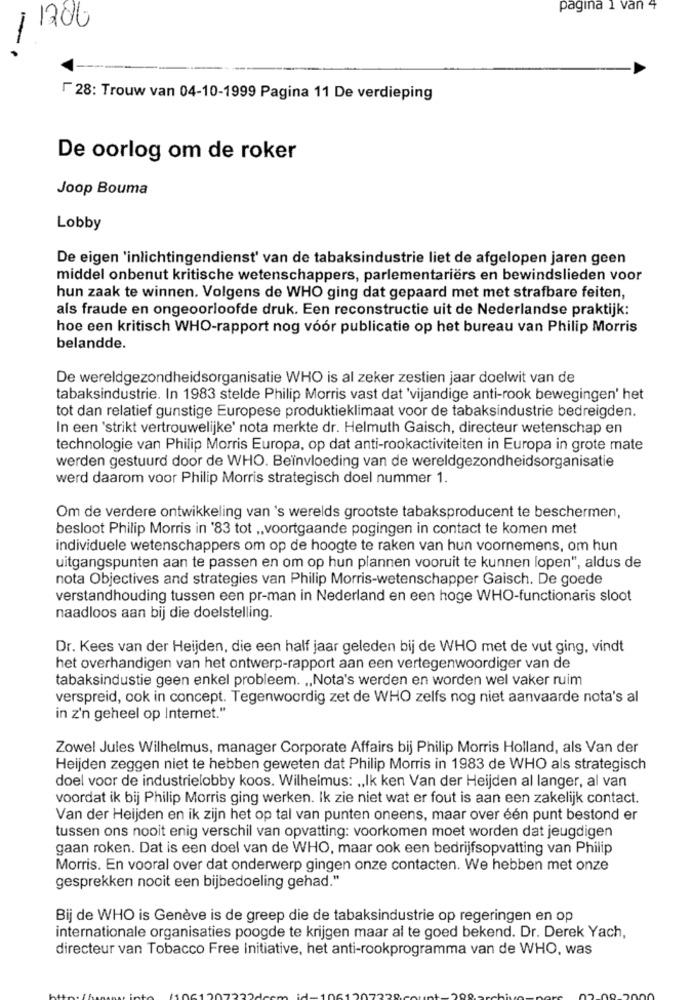
pagina 1 van 4
/ 1206
F 28: Trouw van 04-10-1999 Pagina 11 De verdieping
De oorlog om de roker
Joop Bouma
Lobby
De eigen 'inlichtingendienst' van de tabaksindustrie liet de afgelopen jaren geen
middel onbenut kritische wetenschappers, parlementariërs en bewindslieden voor
hun zaak te winnen. Volgens de WHO ging dat gepaard met met strafbare feiten,
als fraude en ongeoorloofde druk. Een reconstructie uit de Nederlandse praktijk:
hoe een kritisch WHO-rapport nog vóór publicatie op het bureau van Philip Morris
belandde.
De wereldgezondheidsorganisatie WHO is al zeker zestien jaar doelwit van de
tabaksindustrie. In 1983 stelde Philip Morris vast dat 'vijandige anti-rook bewegingen' het
tot dan relatief gunstige Europese produktieklimaat voor de tabaksindustrie bedreigden.
In een 'strikt vertrouwelijke' nota merkte dr. Helmuth Gaisch, directeur wetenschap en
technologie van Philip Morris Europa, op dat anti-rookactiviteiten in Europa in grote mate
werden gestuurd door de WHO. Beïnvloeding van de wereldgezondheidsorganisatie
werd daarom voor Philip Morris strategisch doel nummer 1.
Om de verdere ontwikkeling van 's werelds grootste tabaksproducent te beschermen,
besloot Philip Morris in '83 tot .. voortgaande pogingen in contact te komen met
individuele wetenschappers om op de hoogte te raken van hun voornemens, om hun
uitgangspunten aan te passen en om op hun plannen vooruit te kunnen lopen", aldus de
nota Objectives and strategies van Philip Morris-wetenschapper Gaisch. De goede
verstandhouding tussen een pr-man in Nederland en een hoge WHO-functionaris sloot
naadloos aan bij die doelstelling.
Dr. Kees van der Heijden, die een half jaar geleden bij de WHO met de vut ging, vindt
het overhandigen van het ontwerp-rapport aan een vertegenwoordiger van de
tabaksindustie geen enkel probleem. „Nota's werden en worden wel vaker ruim
verspreid, ook in concept. Tegenwoordig zet de WHO zelfs nog niet aanvaarde nota's al
in z'n geheel op Internet."
Zowel Jules Wilhelmus, manager Corporate Affairs bij Philip Morris Holland, als Van der
Heijden zeggen niet te hebben geweten dat Philip Morris in 1983 de WHO als strategisch
doel voor de industrielobby koos. Wilhelmus: „,Ik ken Van der Heijden al langer, al van
voordat ik bij Philip Morris ging werken. Ik zie niet wat er fout is aan een zakelijk contact.
Van der Heijden en ik zijn het op tal van punten oneens, maar over één punt bestond er
tussen ons nooit enig verschil van opvatting: voorkomen moet worden dat jeugdigen
gaan roken. Dat is een doel van de WHO, maar ook een bedrijfsopvatting van Philip
Morris. En vooral over dat onderwerp gingen onze contacten. We hebben met onze
gesprekken nooit een bijbedoeling gehad."
Bij de WHO is Genève is de greep die de tabaksindustrie op regeringen en op
internationale organisaties poogde te krijgen maar al te goed bekend. Dr. Derek Yach,
directeur van Tobacco Free Initiative, het anti-rookprogramma van de WHO, was